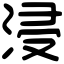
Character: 浸